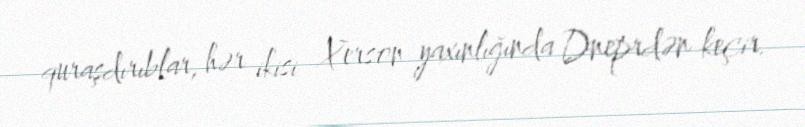
quraşdırıblar, hər ikisi Xerson yaxınlığında Dneprdən keçir.